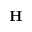
\mathbf { H }